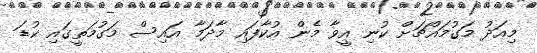
މިއަދު މަގުމައްޗަށް ކުނި އީވާ މެން އުކާފައި މާދަމާ އައިސް މަގުމަތީގައި ކުޑަ